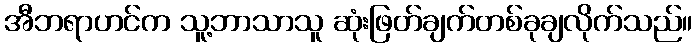
အီဘရာဟင်က သူ့ဘာသာသူ ဆုံးဖြတ်ချက်တစ်ခုချလိုက်သည်။